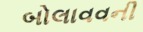
બોલાવવની